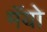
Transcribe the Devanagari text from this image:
मॅयो